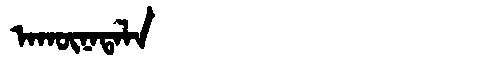
Manchu: ᠠᡴᡡᠨᠠᡨᠠᠯᠠ
Romanization: AKŪNATALA